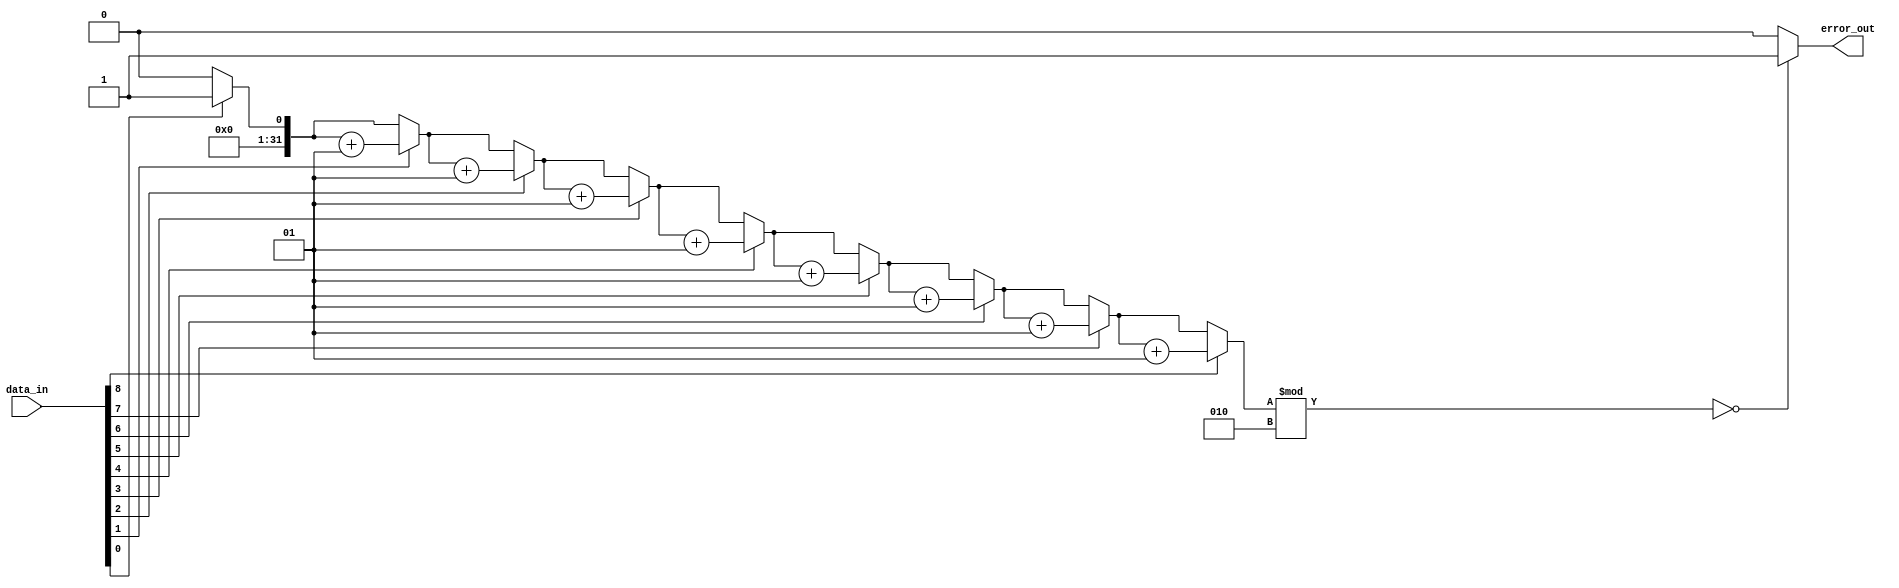
//   - 9 task  

module Paritychecker(data_in, error_out);

	parameter n = 9; //  9

	input	[n-1:0]	data_in;
	output	reg	error_out;

	integer i = 0;
	integer count = 0; 

	//function  reg , wire  
	//task  ,      
	task		error_check;
		input	[n-1:0] data;
		output	error_code; //error_code = data;    0  

		begin
			count = 0;
			for( i = 0 ; i <= n-1 ; i = i+1)
			begin 
				if(data[i] == 1) count = count +1;
			end
			if(count%2==0) // 1  ? =>  1 
			error_code = 1;
			else
			error_code = 0;  //   		
		end
	endtask

	always @ (data_in) begin
	error_check(data_in, error_out);
	end

endmodule